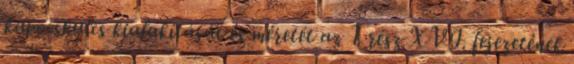
kapocskulcs kialakítását és méretét az 1. rész XVI. fejezetének